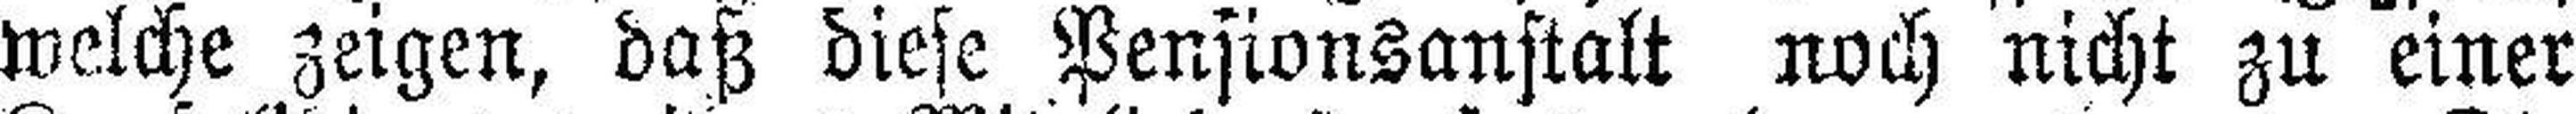
welche zeigen, daß diese Pensionsanstalt noch nicht zu einer